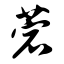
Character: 菪